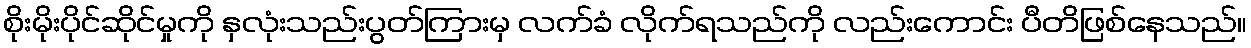
စိုးမိုးပိုင်ဆိုင်မှုကို နှလုံးသည်းပွတ်ကြားမှ လက်ခံ လိုက်ရသည်ကို လည်းကောင်း ပီတိဖြစ်နေသည်။